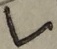
Text: L